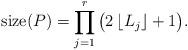
LaTeX: \begin{align*}\hbox{size}(P)=\prod_{j=1}^{r}\big(2\,\lfloor L_j\rfloor+1\big).\end{align*}